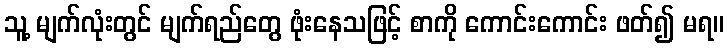
သူ့ မျက်လုံးတွင် မျက်ရည်တွေ ဖုံးနေသဖြင့် စာကို ကောင်းကောင်း ဖတ်၍ မရ။